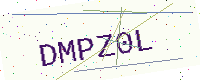
Text: DMPZ0L